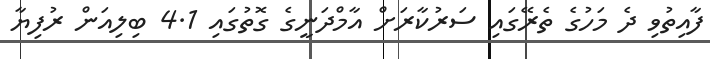
ފާއިތުވި ދެ މަހުގެ ތެރޭގައި ސަރުކާރަށް އާމްދަނީގެ ގޮތުގައި 4.1 ބިލިއަން ރުފިޔާ